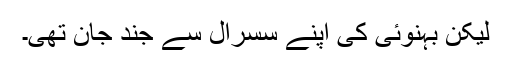
لیکن بہنوئی کی اپنے سسرال سے جند جان تھی۔